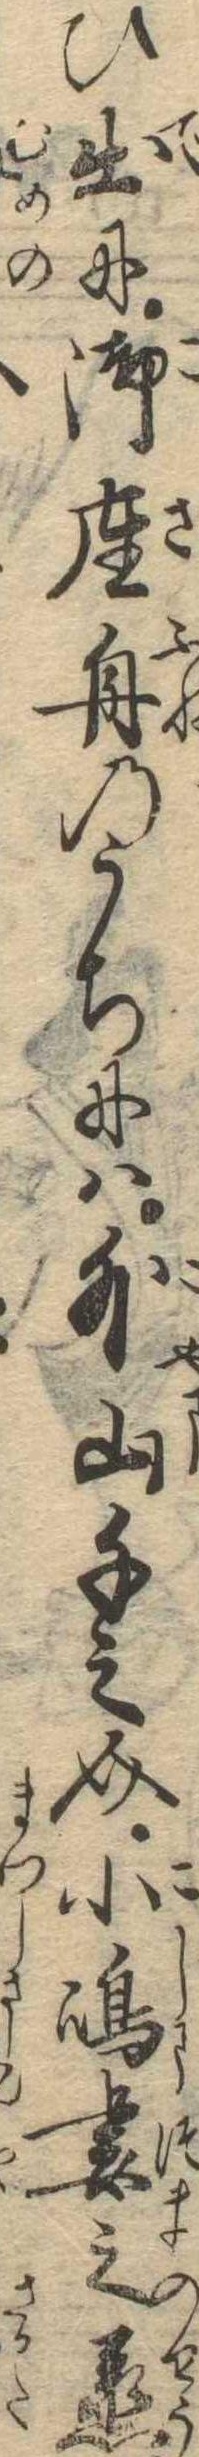
ひ出に御座舟のうちには外山千之介小島妻之丞